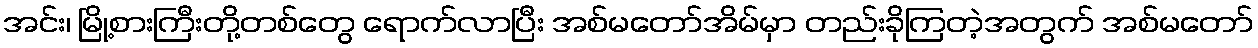
အင်း၊ မြို့စားကြီးတို့တစ်တွေ ရောက်လာပြီး အစ်မတော်အိမ်မှာ တည်းခိုကြတဲ့အတွက် အစ်မတော်